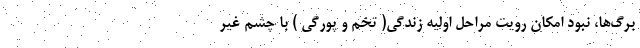
برگ‌ها، نبود امکان رویت مراحل اولیه زندگی( تخم و پورگی ) با چشم غیر